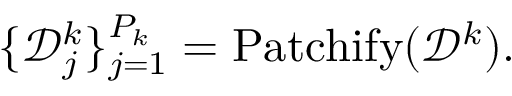
\{ \mathcal { D } _ { j } ^ { k } \} _ { j = 1 } ^ { P _ { k } } = \operatorname { P a t c h i f y } ( \mathcal { D } ^ { k } ) .